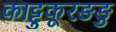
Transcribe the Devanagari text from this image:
काट्टुकूरङङु